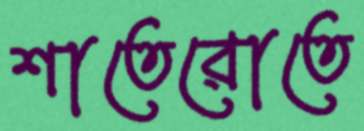
শাতেরোতে